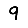
Digit: 9